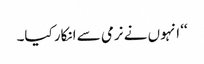
‘‘ انہوں نے نرمی سے انکار کیا۔